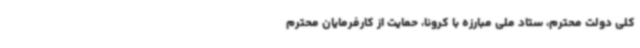
کلی دولت محترم، ستاد ملی مبارزه با کرونا، حمایت از کارفرمایان محترم